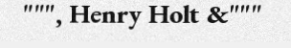
""", Henry Holt &"""